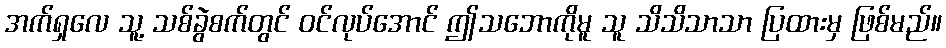
အက်ရှလေ သူ့ သစ်ခွဲစက်တွင် ဝင်လုပ်အောင် ဤသဘောကိုမူ သူ သိသိသာသာ ပြထားမှ ဖြစ်မည်။